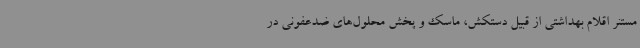
مستنر اقلام بهداشتی از قبیل دستکش، ماسک و پخش محلول‌های ضدعفونی در